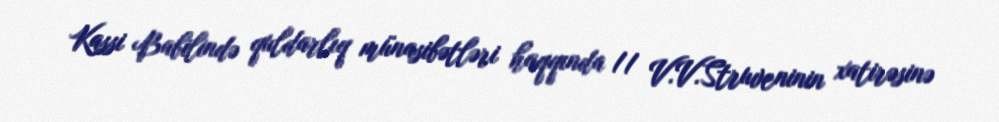
Kassi Babilində quldarlıq münasibətləri haqqında // V.V.Struveninin xatirəsinə